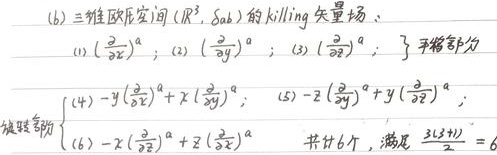
(6) 三维欧氏空间 $(\mathbb{R}^3, \delta_{ab})$ 的 Killing 矢量场：
(1) $\left(\frac{\partial}{\partial x}\right)^a$；
(2) $\left(\frac{\partial}{\partial y}\right)^a$；
(3) $\left(\frac{\partial}{\partial z}\right)^a$； 平移部分
(4) $-y\left(\frac{\partial}{\partial x}\right)^a + x\left(\frac{\partial}{\partial y}\right)^a$；
(5) $-z\left(\frac{\partial}{\partial y}\right)^a + y\left(\frac{\partial}{\partial z}\right)^a$； 旋转部分
(6) $-x\left(\frac{\partial}{\partial z}\right)^a + z\left(\frac{\partial}{\partial x}\right)^a$

共计6个，满足 $\frac{3(3 + 1)}{2} = 6$